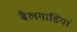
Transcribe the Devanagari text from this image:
बैलगाडियां